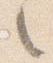
之